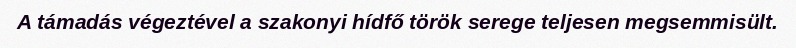
A támadás végeztével a szakonyi hídfő török serege teljesen megsemmisült.